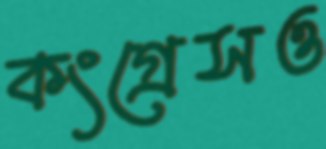
কংগ্রেসও